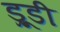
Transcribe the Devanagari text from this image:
ड्रूडी